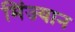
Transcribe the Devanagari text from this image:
मिंज्यान